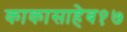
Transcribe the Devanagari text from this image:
काकासाहेब१७